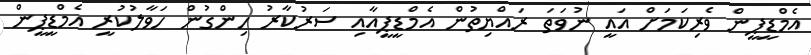
އެމްޑީޕީން ވެރިކަމަށް އައީ ނުވަތަ ރައްޔިތުން އެމްޑީޕީއާއި ސަރުކާރު ހިންގުން ހަވާލުކުރީ އެމްޑީޕީން